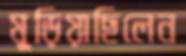
মুড়িয়াছিলেন